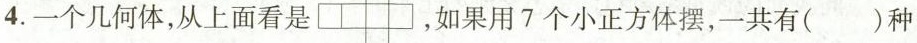
4.一个几何体，从上面看是 如果用7个小正方体摆，-共有( )种